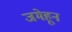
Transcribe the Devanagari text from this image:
जमेहून